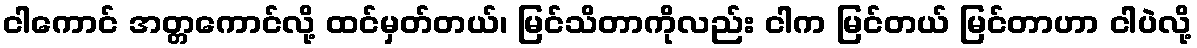
ငါကောင် အတ္တကောင်လို့ ထင်မှတ်တယ်၊ မြင်သိတာကိုလည်း ငါက မြင်တယ် မြင်တာဟာ ငါပဲလို့